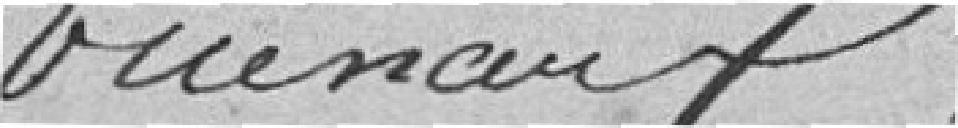
vicinaux.